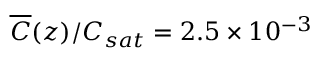
\overline { { C } } ( z ) / C _ { s a t } = 2 . 5 \times 1 0 ^ { - 3 }